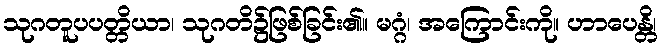
သုဂတူပပတ္တိယာ၊ သုဂတိ၌ဖြစ်ခြင်း၏။ မဂ္ဂံ၊ အကြောင်းကို။ ဟာပေန္တိ၊